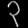
Digit: ၃